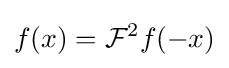
f(x)={\mathcal {F}}^{2}f(-x)